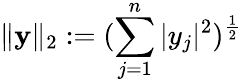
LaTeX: \| \mathbf{y}\| _{2}:=(\sum_{j=1}^{n}|y_{j}|^{2})^{\frac{1}{2}}